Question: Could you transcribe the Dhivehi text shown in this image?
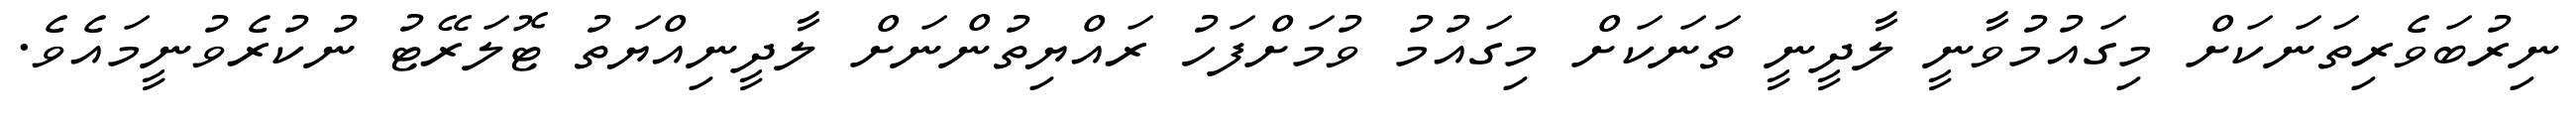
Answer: ނިރުބަވެރިތަނަކަށް މިގައުމުވާނީ ލާދީނީ ތަނަކަށް މިގައުމު ވުމަށްފަހު ރައްޔިތުންނަށް ލާދީނިއްޔަތު ޓޮލަރޭޓު ނުކުރެވުނީމައެވެ.